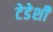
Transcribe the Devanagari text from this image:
टेडेशी